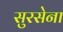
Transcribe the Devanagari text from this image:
सुरसेना